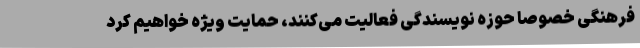
فرهنگی خصوصاً حوزه نویسندگی فعالیت می‌کنند، حمایت ویژه خواهیم کرد